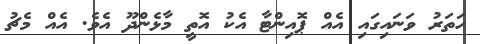
ހަތަރު ވަނައިގައި އެއް ޕޮއިންޓާ އެކު އޮތީ މާޅެންދޫ އެވެ. އެއް މެޗު